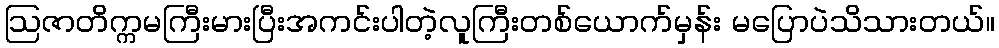
ဩဇာတိက္ကမကြီးမားပြီးအကင်းပါတဲ့လူကြီးတစ်ယောက်မှန်း မပြောပဲသိသားတယ်။